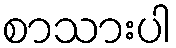
စာသားပါ